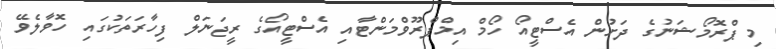
މި ޕްރޮމޯޝަނުގެ ދަށުން އެސްޓީއޯ ހޯމް އިމްޕްރޫވްމަންޓާއި އެސްޓީއޯގެ ރީޖަނަލް ފިހާރަތަކުގައި ހޮވާލެވޭ